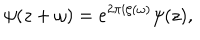
LaTeX: \psi ( z + \omega ) = e ^ { 2 \pi i \zeta ( \omega ) } \psi ( z ) ,